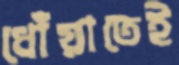
ধোঁয়াতেই